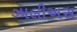
ઝાલીઅસ